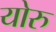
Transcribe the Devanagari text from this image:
योरु